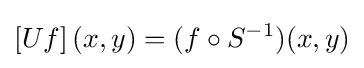
\left[Uf\right](x,y)=(f\circ S^{-1})(x,y)